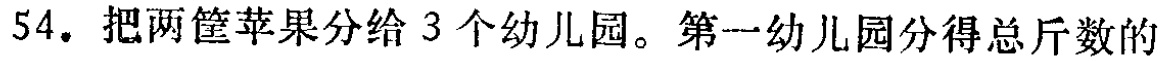
54. 把两筐苹果分给 3 个幼儿园。第一幼儿园分得总斤数的